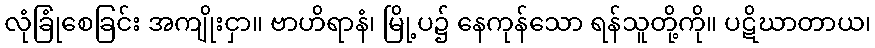
လုံခြုံစေခြင်း အကျိုးငှာ။ ဗာဟိရာနံ၊ မြို့ပ၌ နေကုန်သော ရန်သူတို့ကို။ ပဋိဃာတာယ၊